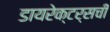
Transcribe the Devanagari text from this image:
डायरेक्टर्सची